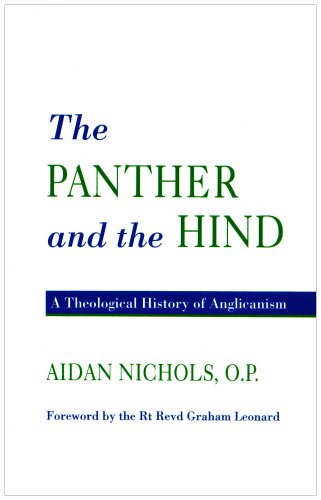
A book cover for The Panther and the Hind: A Theological History of Anglicanism; Aidan Nichols OP; Comics & Graphic Novels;